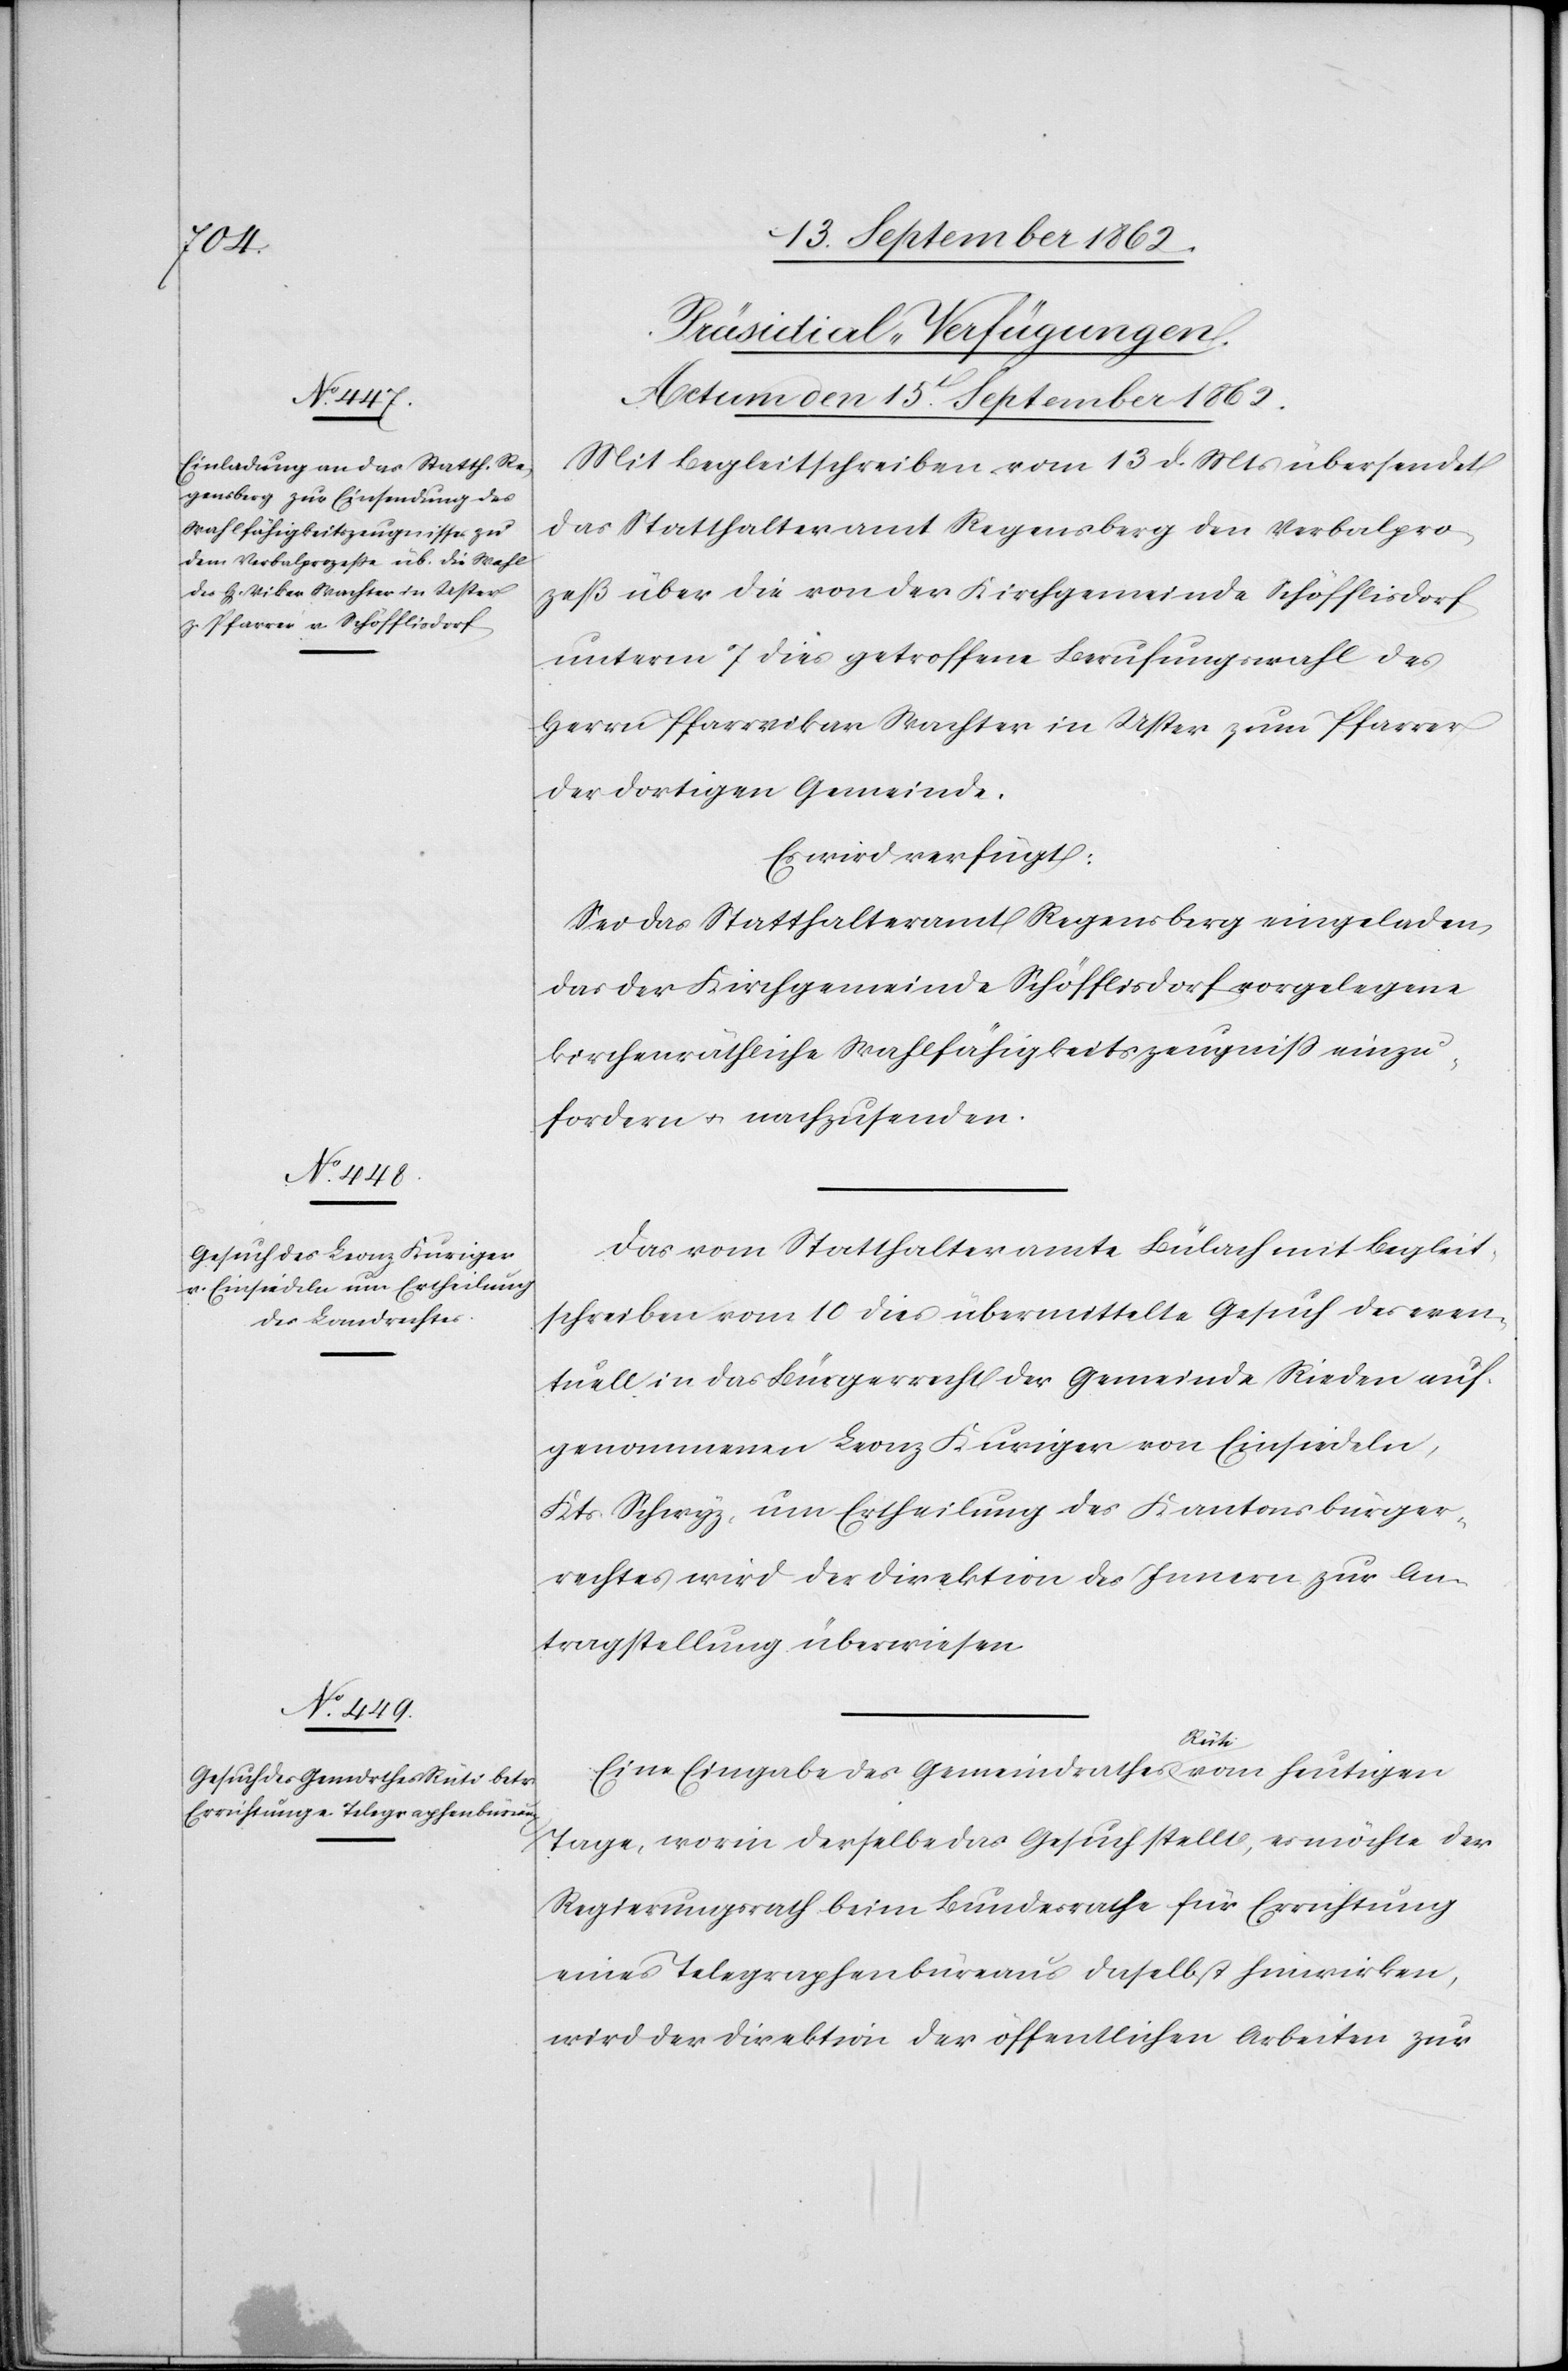
[Präsidial-Verfügungen.
Actum den 15t September 1862.]
Mit Begleitschreiben vom 13. d. Mts. übersendet
das Statthalteramt Regensberg den Verbalpro¬
zeß über die von der Kirchgemeinde Schöfflisdorf
unterm 7. dies getroffene Berufungswahl des
Herrn Pfarrvikar Wachter in Uster zum Pfarrer
der dortigen Gemeinde.
Es wird verfügt:
Sei das Statthalteramt Regensberg eingeladen,
das der Kirchgemeinde Schöfflisdorf vorgelegene
kirchenräthliche Wahlfähigkeitszeugniß einzu¬
fordern u. nachzusenden.
Das vom Statthalteramte Bülach mit Begleit¬
schreiben vom 10. dies übermittelte Gesuch des even¬
tuell in das Bürgerrecht der Gemeinde Rieden auf¬
genommenen Leonz Kuriger von Einsiedeln,
Kts. Schwyz, um Ertheilung des Kantonsbürger¬
rechtes wird der Direktion des Innern zur An¬
tragstellung überwiesen.
Eine Eingabe des Gemeindrathes Rüti vom heutigen
Tage, worin derselbe das Gesuch stellt, es möchte der
Regierungsrath beim Bundesrathe für Errichtung
eines Telegraphenbüreaus daselbst hinwirken,
wird der Direktion der öffentlichen Arbeiten zur